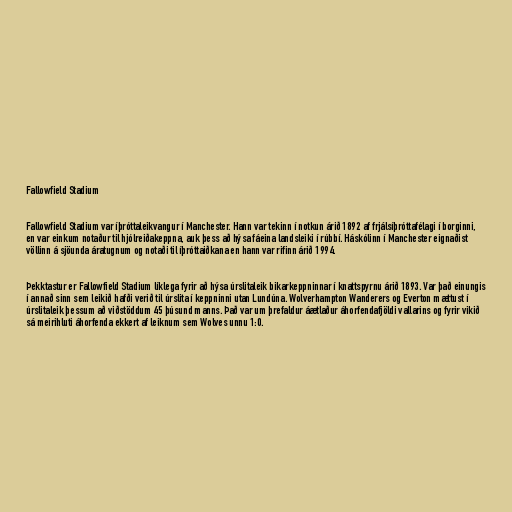
Fallowfield Stadium

Fallowfield Stadium var íþróttaleikvangur í Manchester. Hann var tekinn í notkun árið 1892 af frjálsíþróttafélagi í borginni,
en var einkum notaður til hjólreiðakeppna, auk þess að hýsa fáeina landsleiki í rúbbí. Háskólinn í Manchester eignaðist
völlinn á sjöunda áratugnum og notaði til íþróttaiðkana en hann var rifinn árið 1994.

Þekktastur er Fallowfield Stadium líklega fyrir að hýsa úrslitaleik bikarkeppninnar í knattspyrnu árið 1893. Var það einungis
í annað sinn sem leikið hafði verið til úrslita í keppninni utan Lundúna. Wolverhampton Wanderers og Everton mættust í
úrslitaleik þessum að viðstöddum 45 þúsund manns. Það var um þrefaldur áætlaður áhorfendafjöldi vallarins og fyrir vikið
sá meirihluti áhorfenda ekkert af leiknum sem Wolves unnu 1:0.